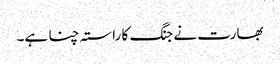
بھارت نے جنگ کا راستہ چنا ہے۔